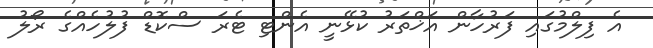
އެ ފިލްމުގައި ފަރުހާން އަޚްތަރު ކުޅޭނީ އެންޓި ޓެރަ ސްކޮޑް ފުލުހެއްގެ ރޯލު